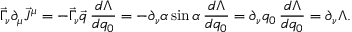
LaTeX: \vec { \Gamma } _ { \nu } \partial _ { \mu } \vec { J } ^ { \mu } = - \vec { \Gamma } _ { \nu } \vec { q } \, \frac { d \Lambda } { d q _ { 0 } } = - \partial _ { \nu } \alpha \sin \alpha \, \frac { d \Lambda } { d q _ { 0 } } = \partial _ { \nu } q _ { 0 } \, \frac { d \Lambda } { d q _ { 0 } } = \partial _ { \nu } \Lambda .